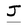
Character: J